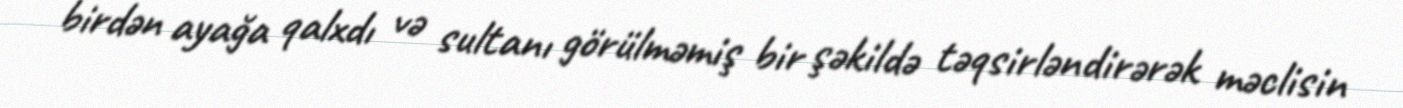
birdən ayağa qalxdı və sultanı görülməmiş bir şəkildə təqsirləndirərək məclisin